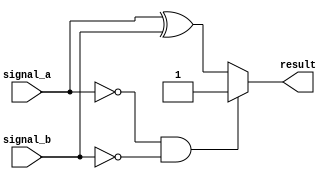
module generate_function(input signal_a, input signal_b, output reg result);

  always @(signal_a or signal_b) begin
    if (signal_a == 0 && signal_b == 0)
      result = 1;
    else
      result = signal_a ^ signal_b;
  end

endmodule